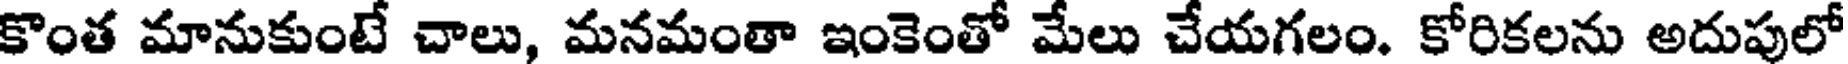
కొంత మానుకుంటే చాలు, మనమంతా ఇంకెంతో మేలు చేయగలం. కోరికలను అదుపులో